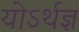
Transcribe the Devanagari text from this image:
योऽर्थज्ञ